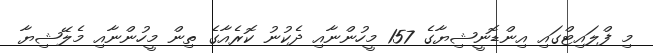
މި ފްލައިޓްގައި އިންޑޮނީޝިޔާގެ 157 މީހުންނާއި ދެކުނު ކޮރެއާގެ ތިން މީހުންނާއި މެލޭޝިޔާ